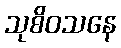
သုစိဝသနေ